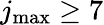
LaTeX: j_{\textrm{max}}\ge 7